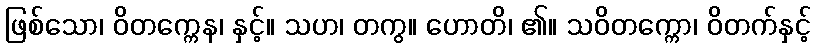
ဖြစ်သော၊ ဝိတက္ကေန၊ နှင့်။ သဟ၊ တကွ။ ဟောတိ၊ ၏။ သဝိတက္ကော၊ ဝိတက်နှင့်